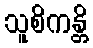
သူစိကန္တိ